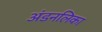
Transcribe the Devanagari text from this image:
अंडनलिका